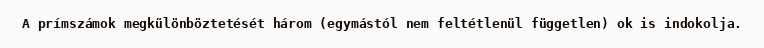
A prímszámok megkülönböztetését három (egymástól nem feltétlenül független) ok is indokolja.